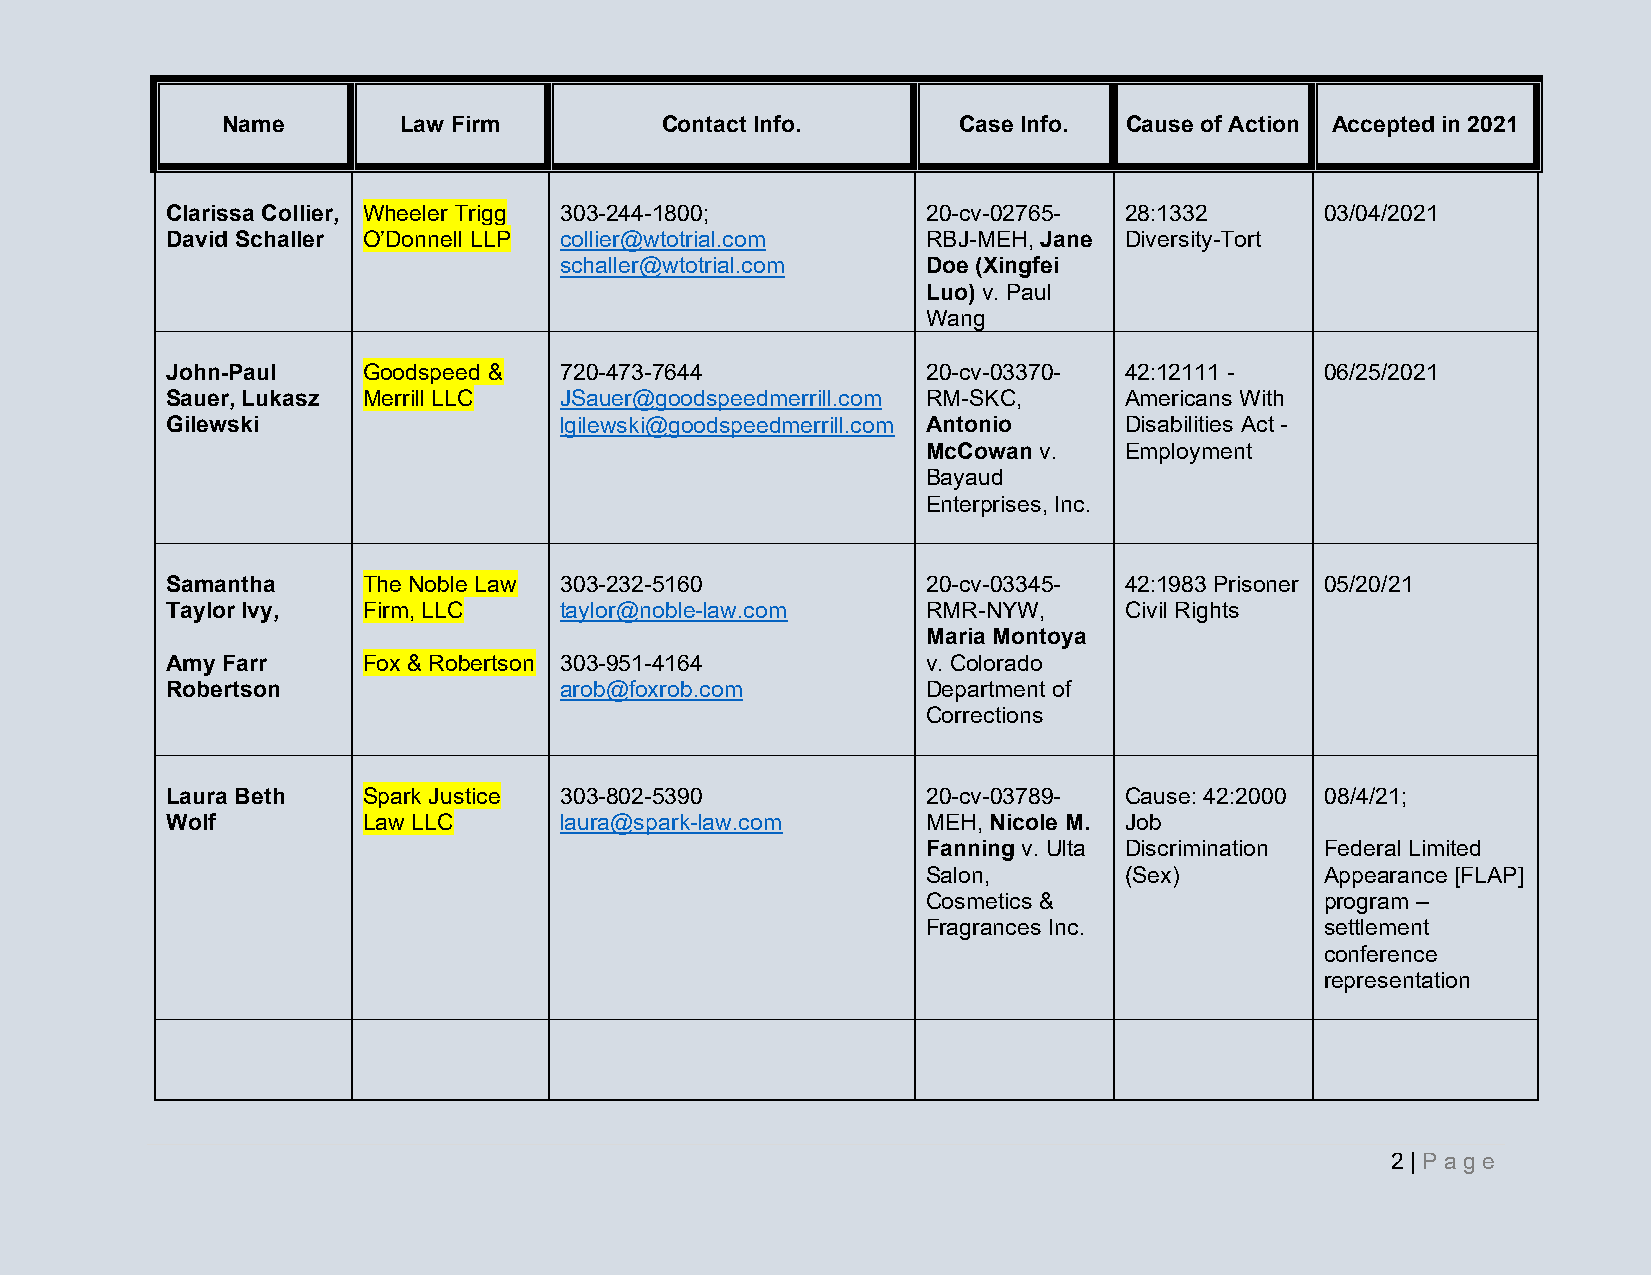
Name       Law Firm          Contact Info.      Case Info. Cause of Action Accepted in 2021
 Clarissa Collier, Wheeler Trigg 303-244-1800;     20-cv-02765- 28:1332       03/04/2021
 David Schaller O’Donnell LLP collier@wtotrial.com RBJ-MEH, Jane Diversity-Tort
 schaller@wtotrial.com   Doe (Xingfei
 Luo) v. Paul
 Wang
 John-Paul    Goodspeed &  720-473-7644            20-cv-03370- 42:12111 -    06/25/2021
 Sauer, Lukasz Merrill LLC JSauer@goodspeedmerrill.com RM-SKC,  Americans With
 Gilewski                  lgilewski@goodspeedmerrill.com Antonio Disabilities Act -
 McCowan v.   Employment
 Bayaud
 Enterprises, Inc.
 Samantha     The Noble Law 303-232-5160           20-cv-03345- 42:1983 Prisoner 05/20/21
 Taylor Ivy,  Firm, LLC    taylor@noble-law.com    RMR-NYW,     Civil Rights
 Maria Montoya
 Amy Farr     Fox & Robertson 303-951-4164         v. Colorado
 Robertson                 arob@foxrob.com         Department of
 Corrections
 Laura Beth   Spark Justice 303-802-5390           20-cv-03789- Cause: 42:2000 08/4/21;
 Wolf         Law LLC      laura@spark-law.com     MEH, Nicole M. Job
 Fanning v. Ulta Discrimination Federal Limited
 Salon,       (Sex)         Appearance [FLAP]
 Cosmetics &                program –
 Fragrances Inc.            settlement
 conference
 representation
 2 | Pa g e